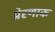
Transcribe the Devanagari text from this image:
प्रेरणाक